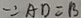
\because A D = B